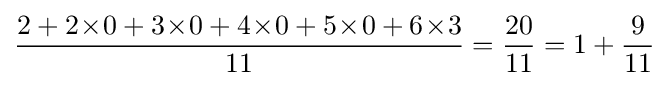
{\frac {2+2\!\times \!0+3\!\times \!0+4\!\times \!0+5\!\times \!0+6\!\times \!3}{11}}={\frac {20}{11}}=1+{\frac {9}{11}}